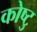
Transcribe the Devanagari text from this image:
कोष्टु